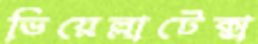
ভিয়েল্লাটেক্স